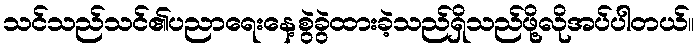
သင်သည်သင်၏ပညာရေးနေ့စွဲခွဲထားခဲ့သည်ရှိသည်ဖို့လိုအပ်ပါတယ်။